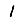
Digit: 1